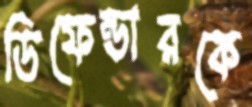
ডিফেন্ডারকে